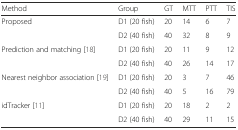
| Method | Group | GT | MTT | PTT | TIS |
 | --- | --- | --- | --- | --- | --- |
 | <ROWSPAN=2> Proposed | D1 (20 fish) | 20 | 14 | 6 | 7 |
 | D2 (40 fish) | 40 | 32 | 8 | 9 |
 | <ROWSPAN=2> Prediction and matching [18] | D1 (20 fish) | 20 | 11 | 9 | 12 |
 | D2 (40 fish) | 40 | 26 | 14 | 17 |
 | <ROWSPAN=2> Nearest neighbor association [19] | D1 (20 fish) | 20 | 3 | 7 | 46 |
 | D2 (40 fish) | 40 | 5 | 16 | 79 |
 | <ROWSPAN=2> idTracker [11] | D1 (20 fish) | 20 | 18 | 2 | 2 |
 | D2 (40 fish) | 40 | 29 | 11 | 15 |